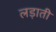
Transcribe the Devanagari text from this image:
लड़ाती